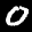
Label: 0